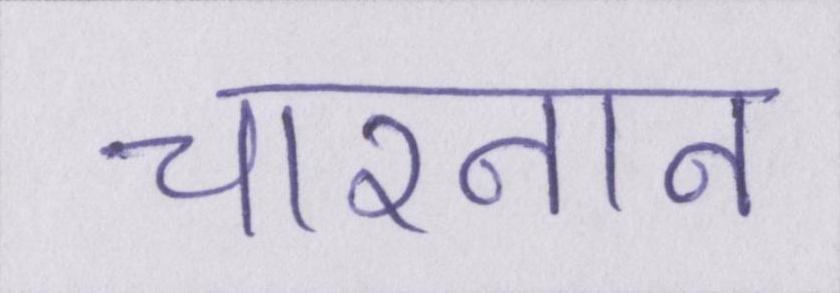
चारनान